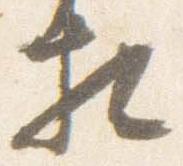
相